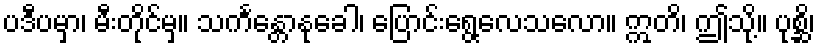
ပဒီပမှာ၊ မီးတိုင်မှ။ သင်္ကန္တောနုခေါ၊ ပြောင်းရွေ့လေသလော။ ဣတိ၊ ဤသို့။ ပုစ္ဆိ၊